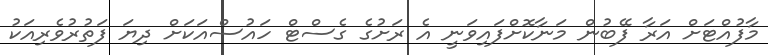
މާފުއްޓަށް އަރާ ފޭބުން މަނާކޮށްފައިވަނީ އެ ރަށުގެ ގެސްޓް ހައުސްއަކަށް ދިޔަ ފަތުރުވެރިއަކު